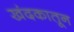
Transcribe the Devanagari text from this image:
खंदकातून